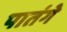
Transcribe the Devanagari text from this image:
पातंगे